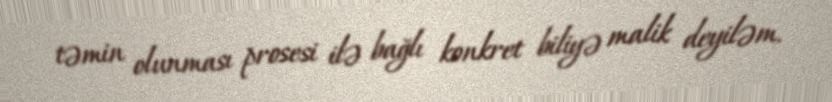
təmin olunması prosesi ilə bağlı konkret biliyə malik deyiləm.